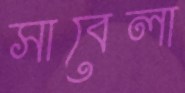
সাবেলা